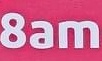
8am